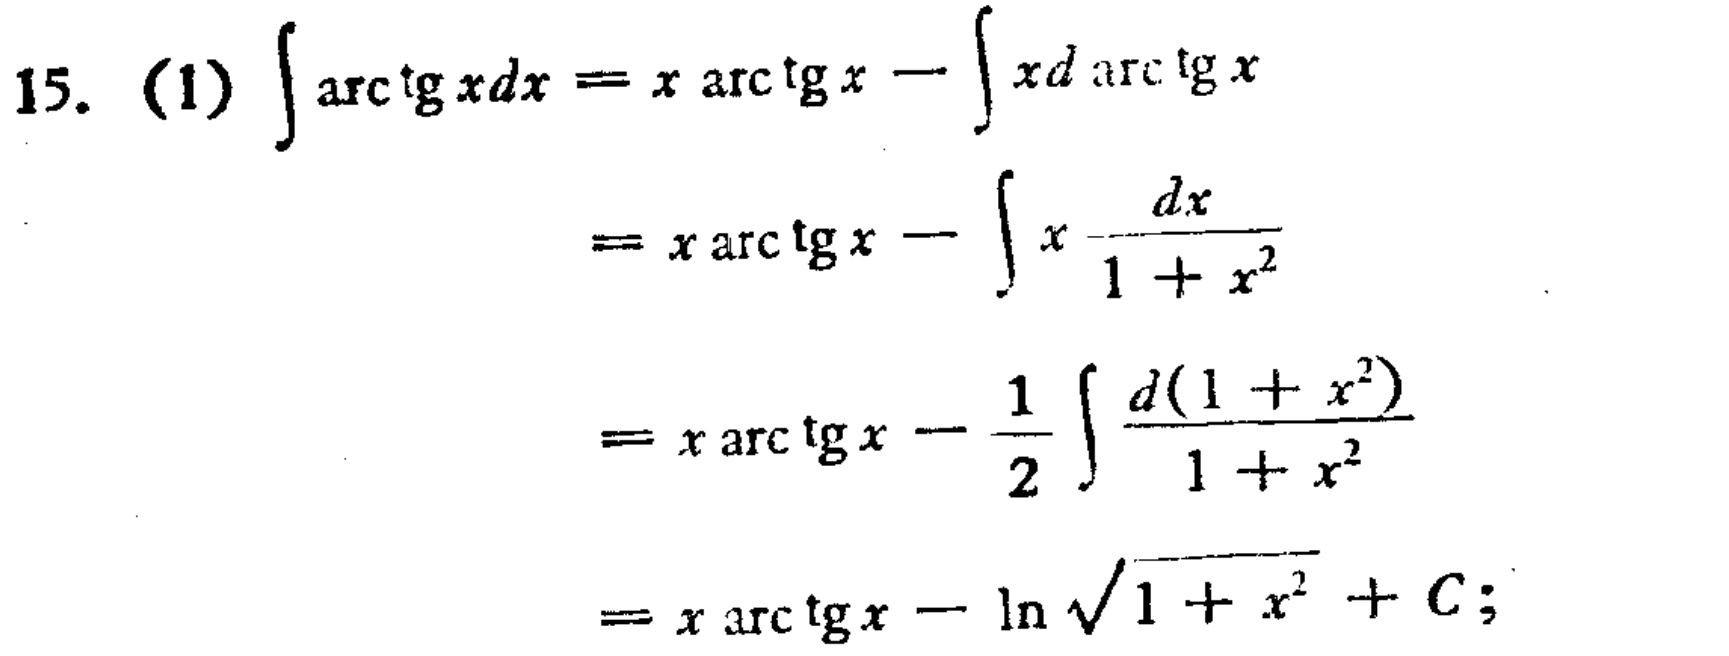
15. (1) \(\int\arctan xdx = x\arctan x-\int xd\arctan x\)

\(= x\arctan x-\int x\frac{dx}{1 + x^{2}}\)

\(= x\arctan x-\frac{1}{2}\int\frac{d(1 + x^{2})}{1 + x^{2}}\)

\(= x\arctan x-\ln\sqrt{1 + x^{2}}+C;\)